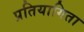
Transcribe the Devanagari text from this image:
प्रतियागिता